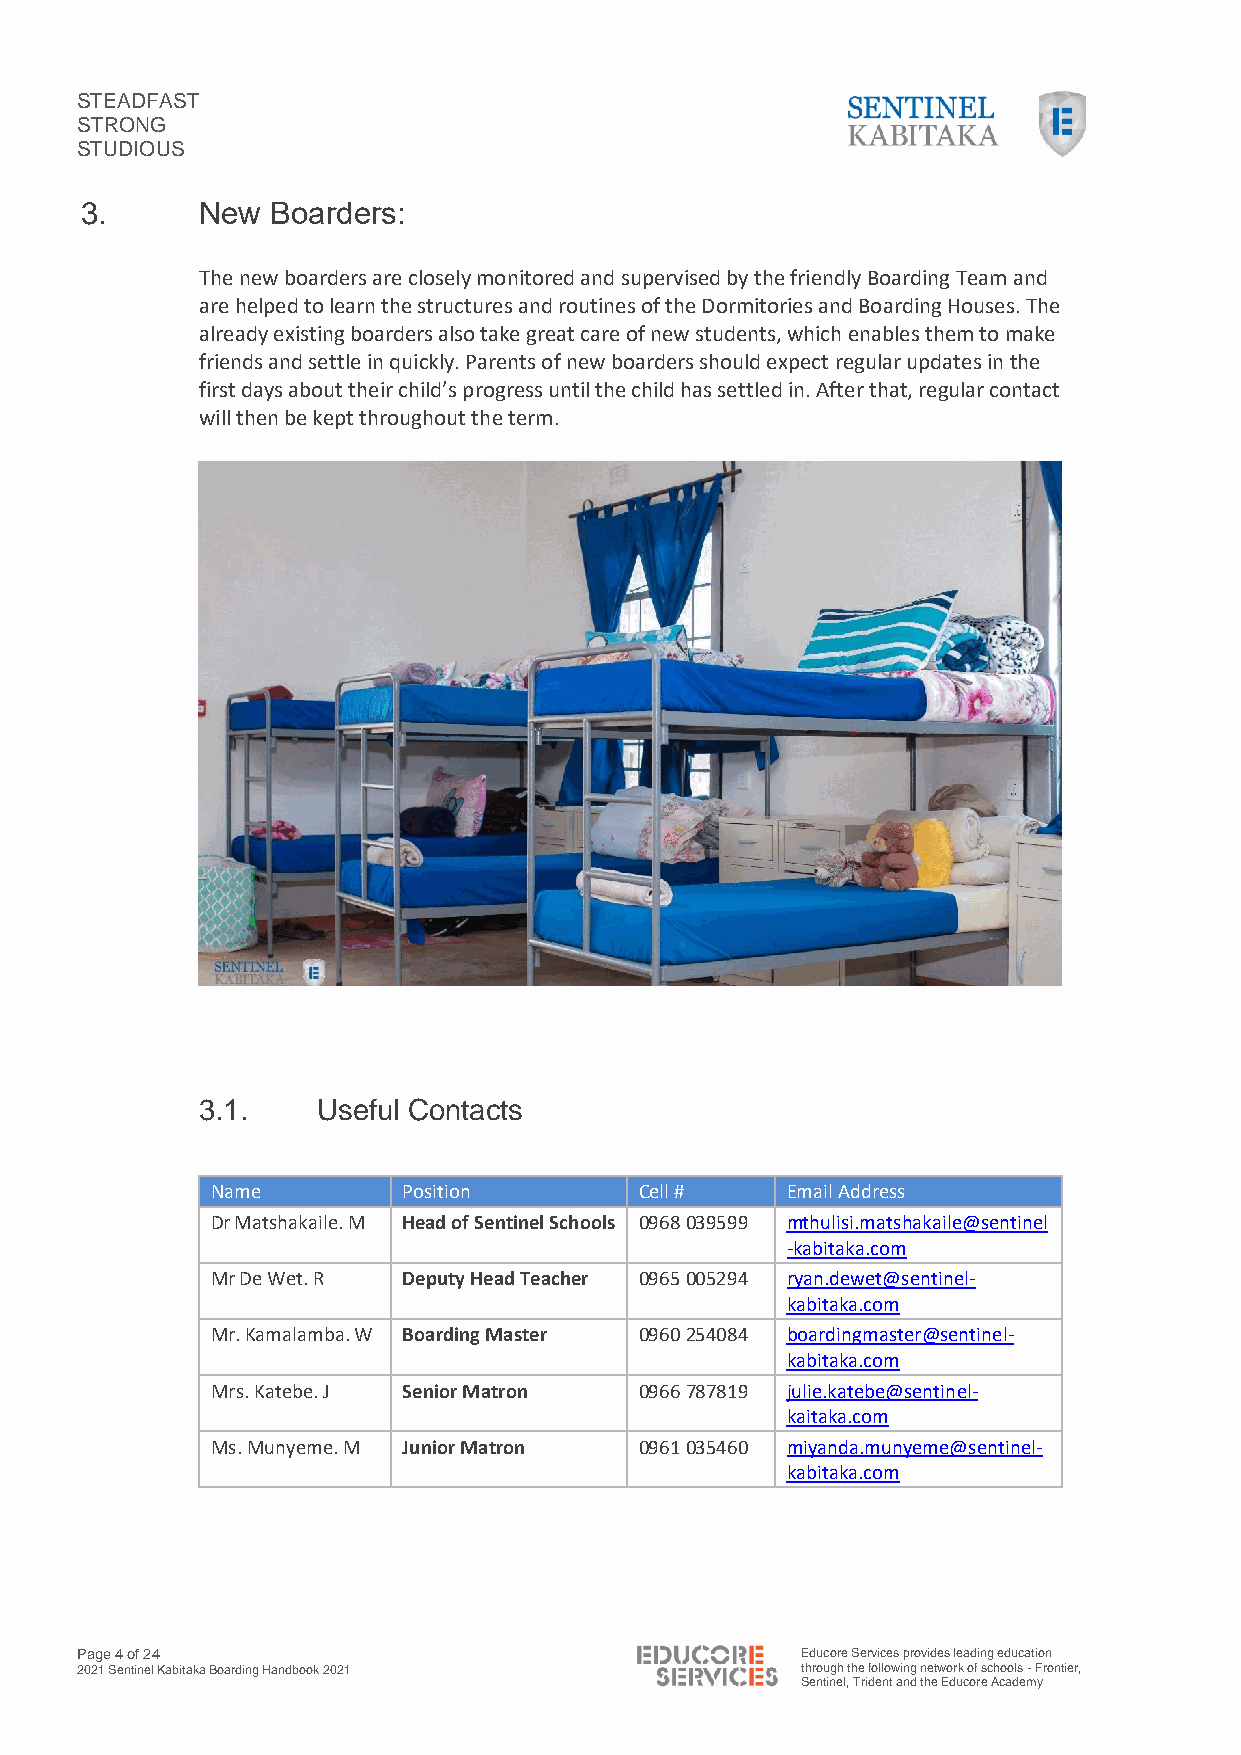
STEADFAST
 STRONG
 STUDIOUS
 3.      New  Boarders:
 The new boarders are closely monitored and supervised by the friendly Boarding Team and
 are helped to learn the structures and routines of the Dormitories and Boarding Houses. The
 already existing boarders also take great care of new students, which enables them to make
 friends and settle in quickly. Parents of new boarders should expect regular updates in the
 first days about their child’s progress until the child has settled in. After that, regular contact
 will then be kept throughout the term.
 3.1.    Useful Contacts
 Name         Position       Cell #    Email Address
 Dr Matshakaile. M Head of Sentinel Schools 0968 039599 mthulisi.matshakaile@sentinel
 -kabitaka.com
 Mr De Wet. R Deputy Head Teacher 0965 005294 ryan.dewet@sentinel-
 kabitaka.com
 Mr. Kamalamba. W Boarding Master 0960 254084 boardingmaster@sentinel-
 kabitaka.com
 Mrs. Katebe. J Senior Matron 0966 787819 julie.katebe@sentinel-
 kaitaka.com
 Ms. Munyeme. M Junior Matron 0961 035460 miyanda.munyeme@sentinel-
 kabitaka.com
 Page 4 of 24                                    Educore Services provides leading education
 2021 Sentinel Kabitaka Boarding Handbook 2021   through the following network of schools - Frontier,
 Sentinel, Trident and the Educore Academy